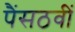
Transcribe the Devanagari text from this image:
पैंसठवीं